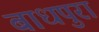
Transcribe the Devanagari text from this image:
बाधपुरा